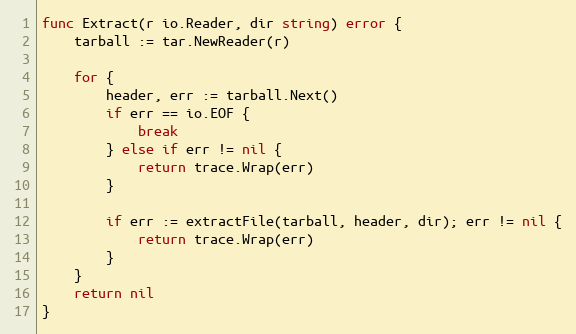
Language: Go
func Extract(r io.Reader, dir string) error {
	tarball := tar.NewReader(r)

	for {
		header, err := tarball.Next()
		if err == io.EOF {
			break
		} else if err != nil {
			return trace.Wrap(err)
		}

		if err := extractFile(tarball, header, dir); err != nil {
			return trace.Wrap(err)
		}
	}
	return nil
}